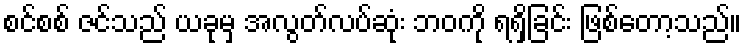
စင်စစ် ဇင်သည် ယခုမှ အလွတ်လပ်ဆုံး ဘဝကို ရရှိခြင်း ဖြစ်တော့သည်။